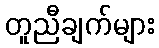
တူညီချက်များ